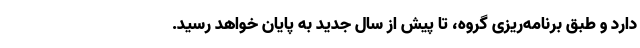
دارد و طبق برنامه‌ریزی گروه، تا پیش از سال جدید به پایان خواهد رسید.